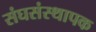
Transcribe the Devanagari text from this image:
संघसंस्थापक